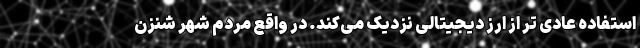
استفاده عادی تر از ارز دیجیتالی نزدیک می‌کند. در واقع مردم شهر شنزن